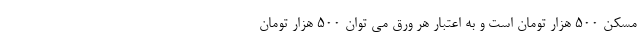
مسکن 500 هزار تومان است و به اعتبار هر ورق می توان 500 هزار تومان